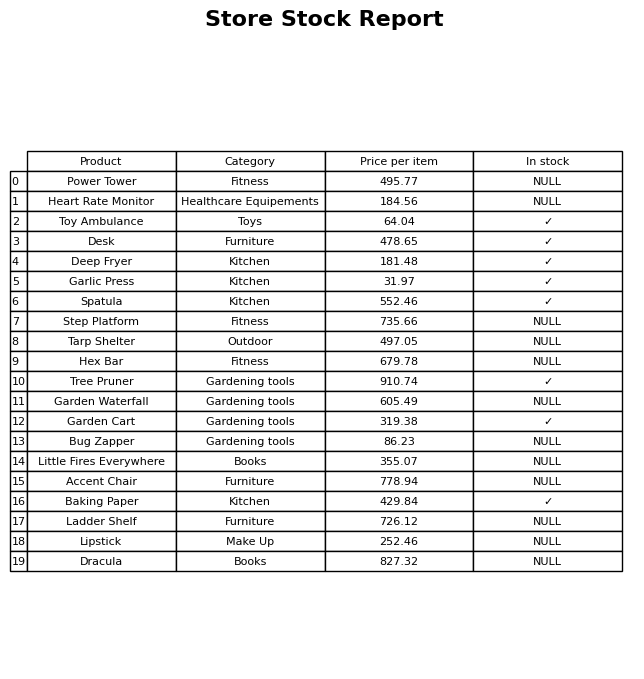
question: What is the price of the Hex Bar?
answer: The price of Hex Bar is 679.78.